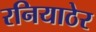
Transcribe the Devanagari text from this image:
रनियाठेर